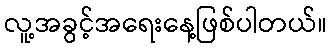
လူ့အခွင့်အရေးနေ့ဖြစ်ပါတယ်။